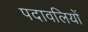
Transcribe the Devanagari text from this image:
पदावलियों